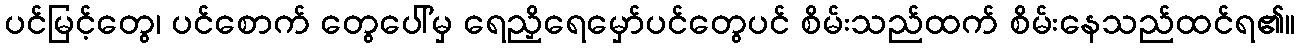
ပင်မြင့်တွေ၊ ပင်စောက် တွေပေါ်မှ ရေညှိရေမှော်ပင်တွေပင် စိမ်းသည်ထက် စိမ်းနေသည်ထင်ရ၏။